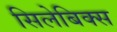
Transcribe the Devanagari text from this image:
सिलेबिक्स